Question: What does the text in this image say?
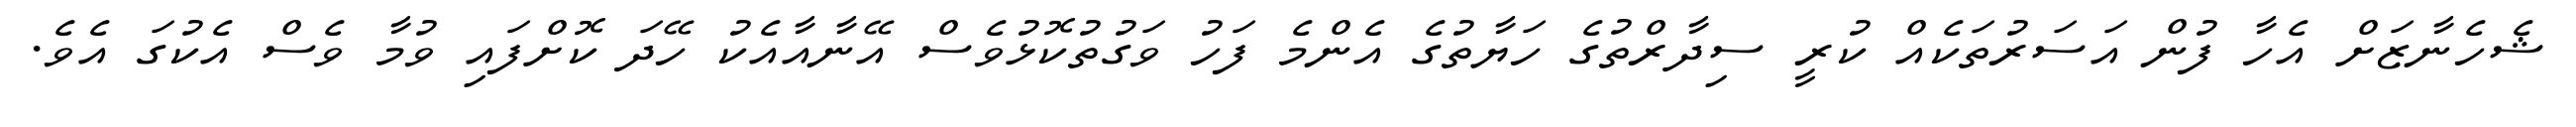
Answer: ޝެހެނާޒަށް އެހާ ފުން އަސަރުތަކެއް ކުރީ ސިދާރްތުގެ ހަޔާތުގެ އެންމެ ފަހު ވަގުތުކޮޅުވެސް އޭނާއާއެކު ހޭދަ ކޮށްފައި ވުމާ ވެސް އެކުގަ އެވެ.